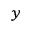
_ y